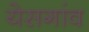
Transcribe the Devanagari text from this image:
येसगांव